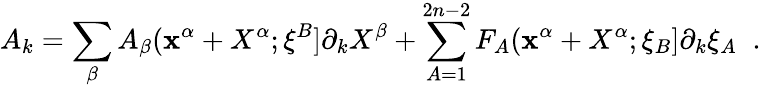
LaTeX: A_{k}=\sum_{\beta}A_{\beta}(\mathbf{x}^{\alpha}+X^{\alpha};\xi^{B}]\partial_{k}X^{\beta}+\sum_{A=1}^{2n-2}F_{A}(\mathbf{x}^{\alpha}+X^{\alpha};\xi_{B}]\partial_{k}\xi_{A}\; \; .